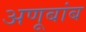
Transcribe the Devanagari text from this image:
अणूबांब